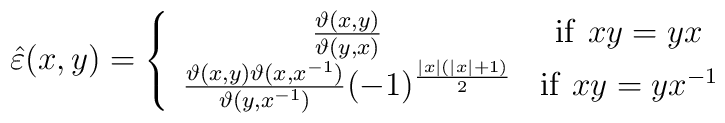
\hat{\varepsilon }(x,y)=\left\{ \begin{array}{cc}\frac{\vartheta (x,y)}{\vartheta (y,x)} & \mathrm{if}\, \, xy=yx\\\frac{\vartheta (x,y)\vartheta (x,x^{-1})}{\vartheta (y,x^{-1})}(-1)^{\frac{\left| x\right| (\left| x\right| +1)}{2}} & \mathrm{if}\, \, xy=yx^{-1}\end{array}\right.